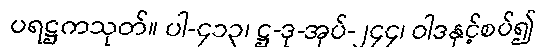
ပရဋ္ဌကသုတ်။ ပါ-၄၁၃၊ ဋ္ဌ-ဒု-အုပ်-၂၄၄၊ ဝါဒနှင့်စပ်၍